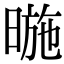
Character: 暆